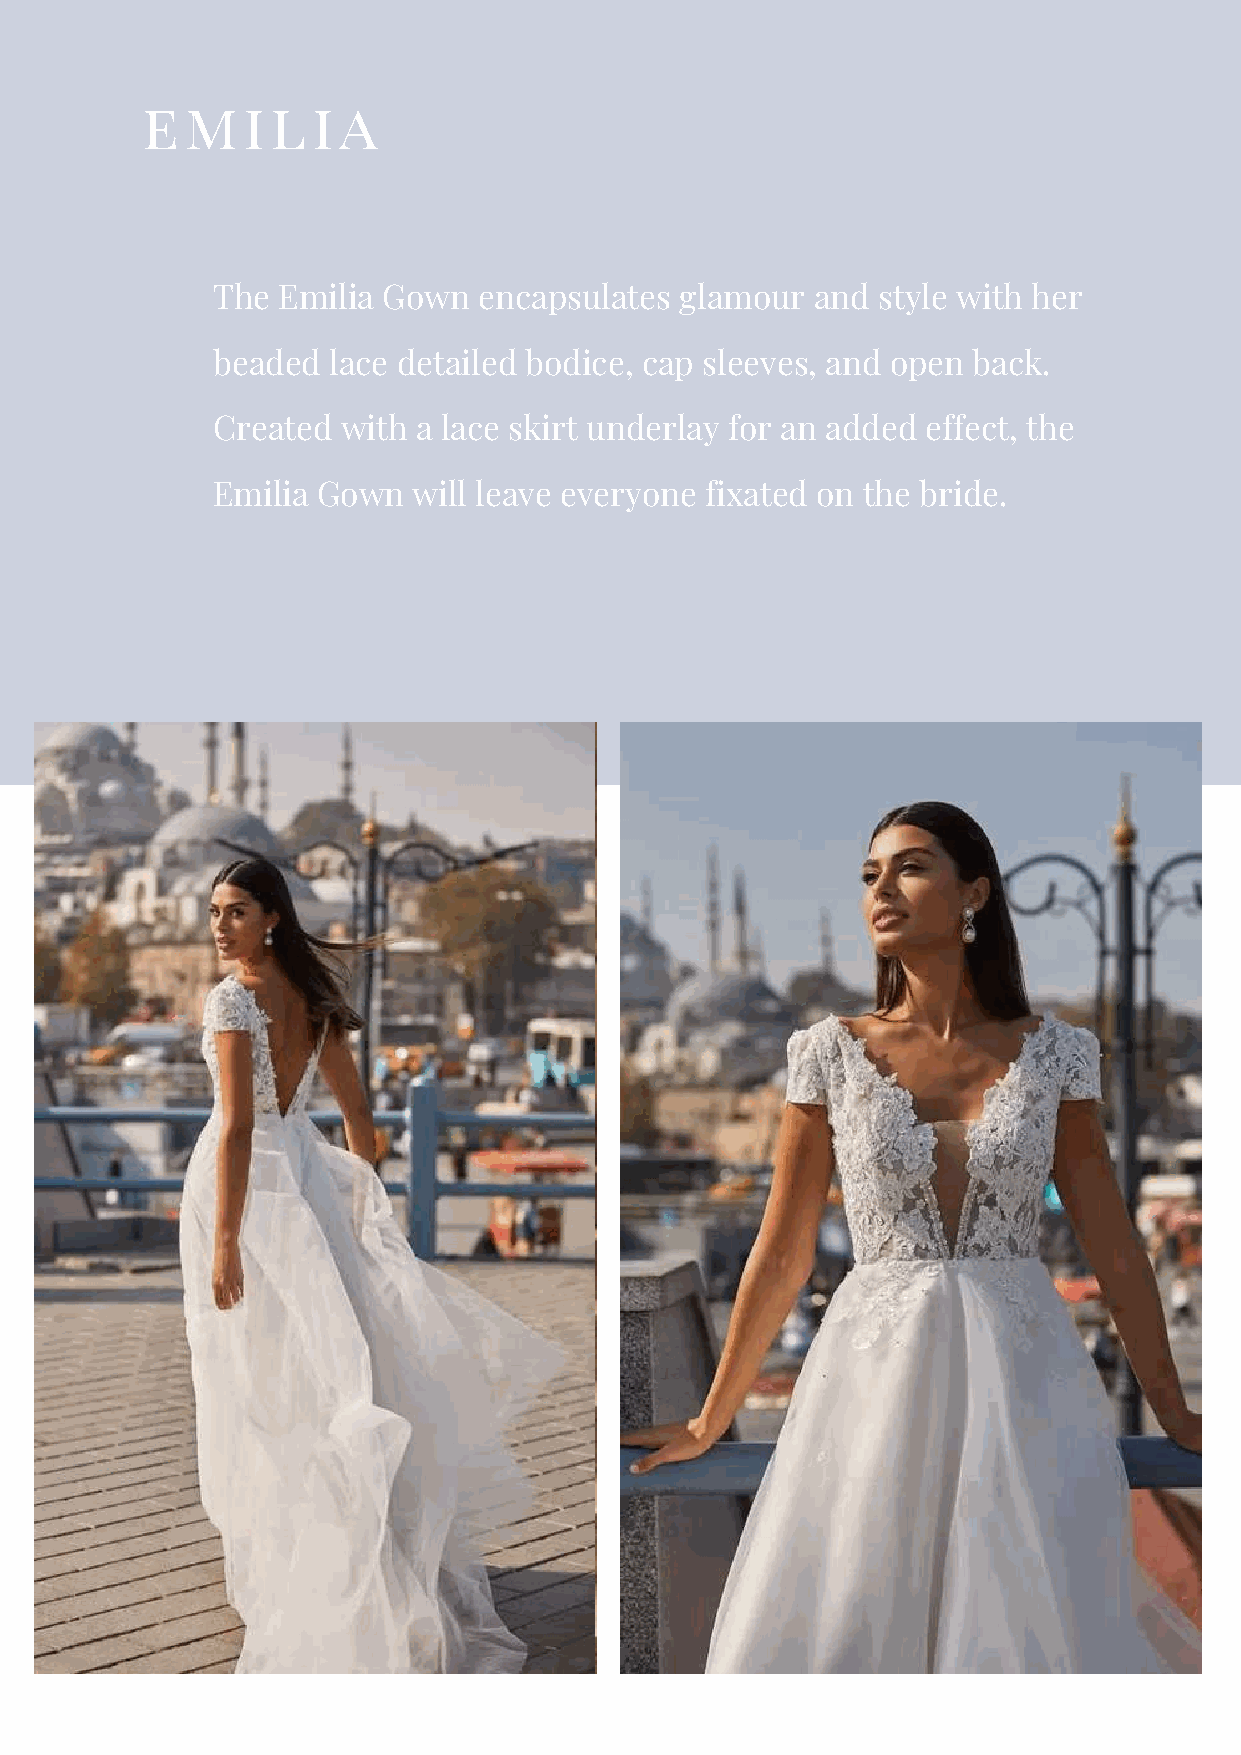
emilia
 The Emilia Gown   encapsulates glamour  and style with her
 beaded  lace detailed bodice, cap sleeves, and open back.
 Created  with a lace skirt underlay for an added effect, the
 Emilia Gown  will leave everyone fixated on the bride.